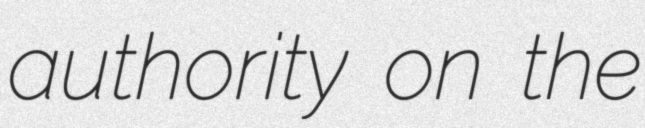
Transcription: authority on the